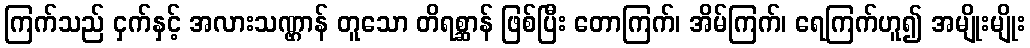
ကြက်သည် ငှက်နှင့် အလားသဏ္ဌာန် တူသော တိရစ္ဆာန် ဖြစ်ပြီး တောကြက်၊ အိမ်ကြက်၊ ရေကြက်ဟူ၍ အမျိုးမျိုး